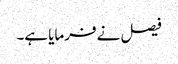
فیصل نے فرمایا ہے۔